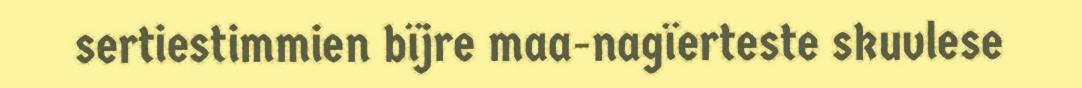
sertiestimmien bïjre maa-nagïerteste skuvlese